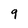
Character: 9